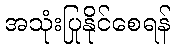
အသုံးပြုနိုင်စေရန်